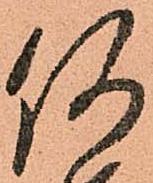
何